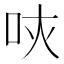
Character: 𠰵